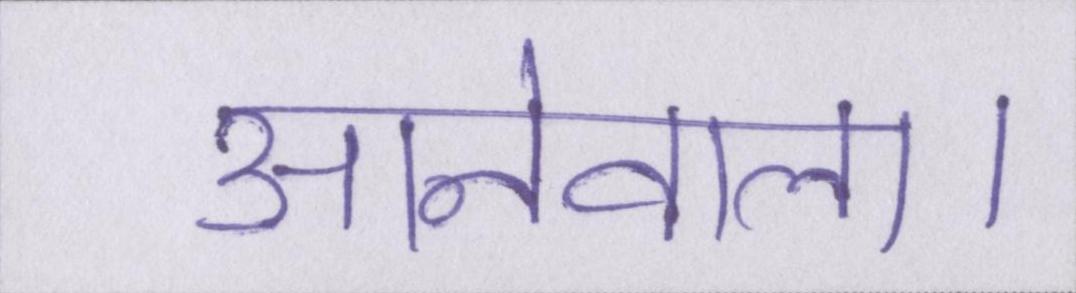
आनेवाला।